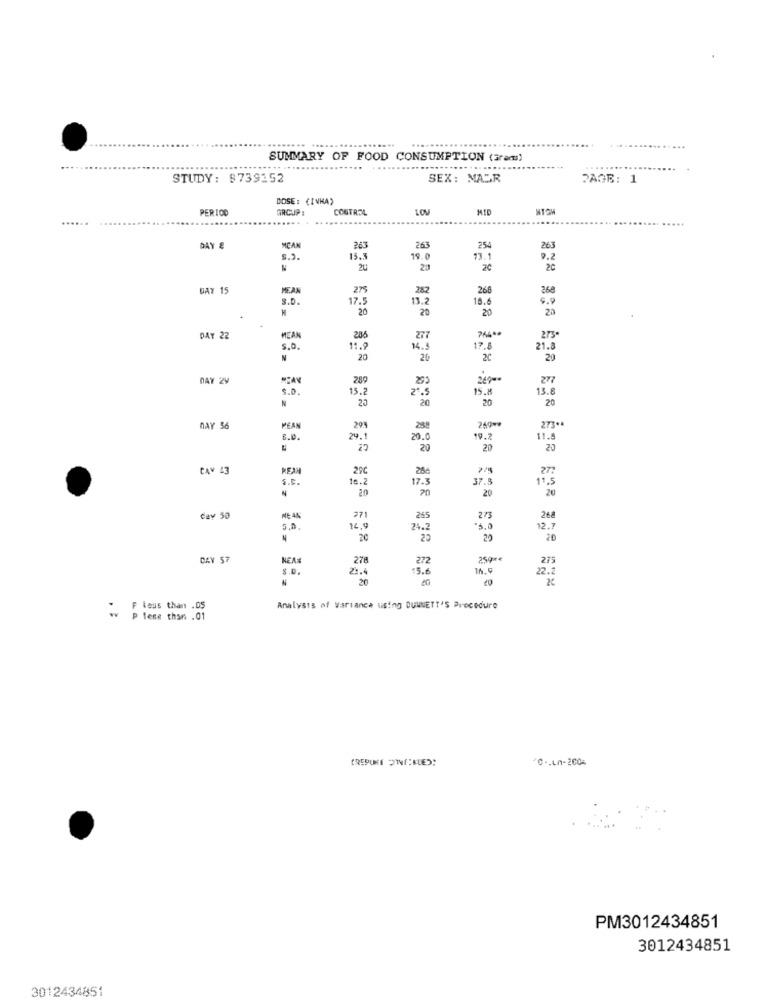
........ ..
SUMMARY OF FOOD CONSUMPTION (Grams)
STUDY: 8739152
SEX: MASR
PAGE: 1
DOSE: (INKA)
PERIOD
GROUP:
CONTROL
LOV
MID
....
DAY &
MCAN
263
263
254
263
5.2.
15.5
19.0
13.1
9.2
20
20
DAY 15
275
282
268
268
S.D.
17.5
13.2
18.6
9.9
20
20
20
7644*
DAY 22
MEAN
286
277
273
S.D.
11.
14.5
17.8
21.8
N
20
20
29
DAY 29
289
24000
277
5.0.
15.2
2".
15.8
13.8
N
20
20
20
20
240 **
273 **
DAY 56
MEAN
29%
2s
6.0.
29.
20.0
19.2
11.8
20
20
20
CAY 43
REX
29℃
27
S.C.
18.
17.3
37.5
11.5
20
70
20
20
Cav 50
271
265
273
268
5.8
14.5
24.2
12.7
20
20
CAV 57
NEAR
278
272
250 **
275
S.D.
21.4
15.6
16.5
22.2
20
F less than .05
Analysis of Variance using DUNNETT'S Procedure
P lese than .01
0 -. Ln-2006
PM3012434851
3012434851
3012434851